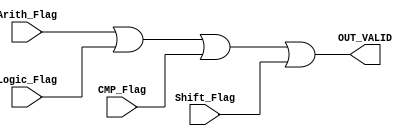
module OR_Gate (
    input wire Arith_Flag,Logic_Flag,CMP_Flag,Shift_Flag,
    output reg OUT_VALID
);

always @(*) 
begin
    OUT_VALID =  (Arith_Flag | Logic_Flag | CMP_Flag | Shift_Flag);
end
endmodule